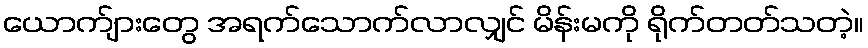
ယောက်ျားတွေ အရက်သောက်လာလျှင် မိန်းမကို ရိုက်တတ်သတဲ့။